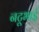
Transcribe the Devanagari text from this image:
नटूभाई